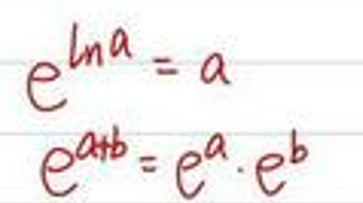
\[
e^{\ln a}=a
\]
\[
e^{a+b}=e^{a}\cdot e^{b}
\]